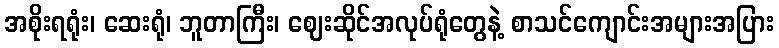
အစိုးရရုံး၊ ဆေးရုံ၊ ဘူတာကြီး၊ ဈေးဆိုင်အလုပ်ရုံတွေနဲ့ စာသင်ကျောင်းအများအပြား